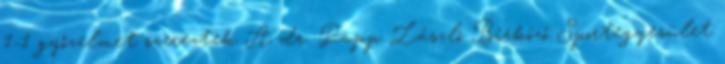
1-1 győzelmet szereztek A dr. Papp László Birkózó Sportegyesület